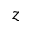
z